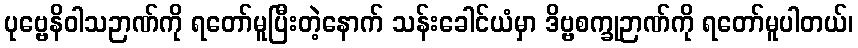
ပုဗ္ဗေနိဝါသဉာဏ်ကို ရတော်မူပြီးတဲ့နောက် သန်းခေါင်ယံမှာ ဒိဗ္ဗစက္ခုဉာဏ်ကို ရတော်မူပါတယ်၊